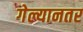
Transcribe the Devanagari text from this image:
गेल्यानतर